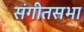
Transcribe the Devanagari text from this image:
संगीतसभा